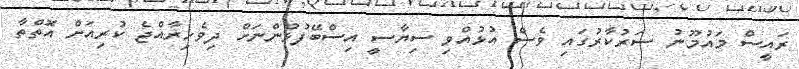
ރައީސް މައުމޫނު ސަރުކާރުގައި ވެސް އުޅުއްވި ސިޔާސީ އިސްބޭފުޅުންނަށް ދިވެހިރާއްޖެ ކުރިއަށް އޮތްތާ